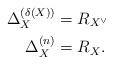
LaTeX: \begin{align*} \Delta_{X}^{(\delta(X))} &= R_{X^\vee} \\ \Delta_{X}^{(n)} &= R_{X} .\end{align*}